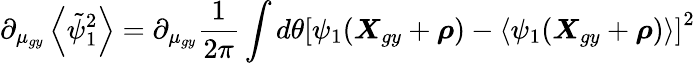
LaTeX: \partial_{\mu_{gy}}\left\langle\tilde{\psi}_{1}^{2}\right\rangle=\partial_{\mu_{gy}}\frac{1}{2\pi}\int d\theta\left[\psi_{1}(\boldsymbol{X}_{gy}+\boldsymbol{\rho})-\left\langle\psi_{1}(\boldsymbol{X}_{gy}+\boldsymbol{\rho})\right\rangle\right]^{2}